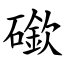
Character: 䃢